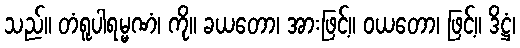
သည်။ တံရူပါရမ္မဏံ၊ ကို။ ခယတော၊ အားဖြင့်။ ဝယတော၊ ဖြင့်။ ဒိဋ္ဌံ၊